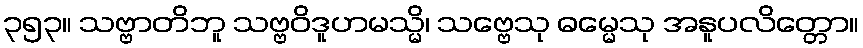
၃၅၃။ သဗ္ဗာတိဘူ သဗ္ဗဝိဒူဟမသ္မိ၊ သဗ္ဗေသု ဓမ္မေသု အနူပလိတ္တော။